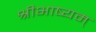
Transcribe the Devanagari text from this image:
श्रीभाष्यम्